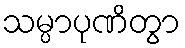
သမ္ပာပုဏိတွာ